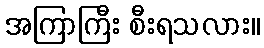
အကြာကြီး စီးရသလား။